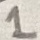
Text: 1